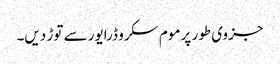
جزوی طور پر موم سکرو ڈرایور سے توڑ دیں۔